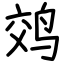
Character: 䴔